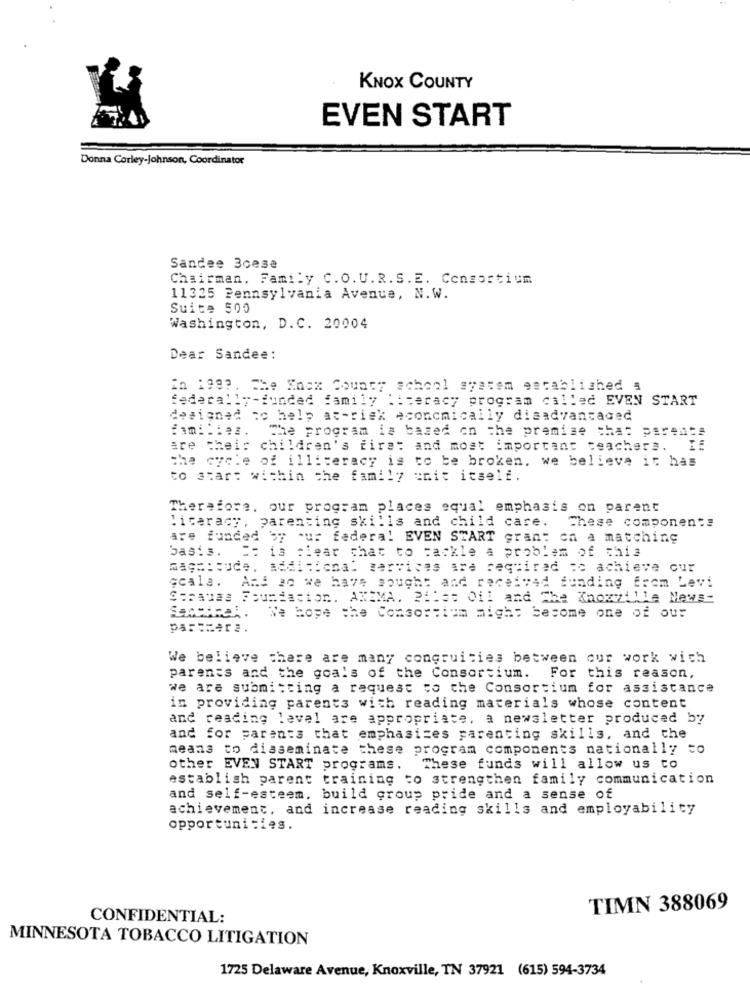
KNOX COUNTY
EVEN START
Donna Corley-Johnson, Coordinator
Sandee 3cese
Chairman. Family C.O.U.R.S.E. Consortium
11325 Pennsylvania Avenue, N.W.
Suite 500
Washington, D.C. 20004
Dear Sandee:
in 199 ?. The Knox County school system established 5
federal !--...
"-funded family literacy program called EVEN START
designed to help at-risk economically disadvantaged
The program is based on the premise shat parents
are their children's first and most important teachers. I
The cycle of illiteracy is to be broken, we believe it has
to start within che family enit itself.
Therefore, our program places squal emphasis on parent
.iterace, parenting skills and child care.
These components
are funded by ur federal EVEN START gran: on a matching
basis.
It is clear that to tackle a problem of this
maga:oude, Radicional services are required to achieve our
ccala.
And 20 we have sought and received funding from Levi
Strauss Foundation. AXIMA. 2115: Oil and The Knoxzilla News-
We hope the Consortium might become one of our
par:cara.
We believe there are many congruities between our work with
parents and the goals of the Consortium. For this reason,
we are submitting a request to the Consortium for assistance
in providing parents with reading materials whose content
and reading level are appropriate, a newsletter produced by
and for parents that emphasizes parenting skills, and the
means to disseminate these program components nationally to
other EVEN START programs.
These funds will allow us to
establish parent training to strengthen family communication
and self-esteem. build group pride and a sense of
achievement, and increase reading skills and employability
opportunities.
TIMN 388069
CONFIDENTIAL:
MINNESOTA TOBACCO LITIGATION
1725 Delaware Avenue, Knoxville, TN 37921 (615) 594-3734